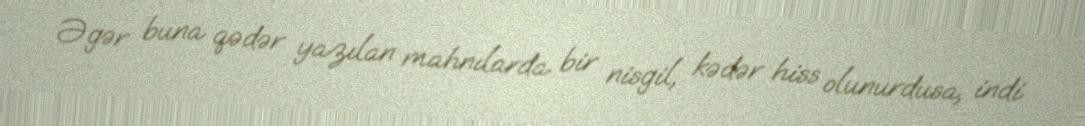
Əgər buna qədər yazılan mahnılarda bir nisgil, kədər hiss olunurdusa, indi